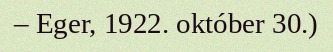
– Eger, 1922. október 30.)